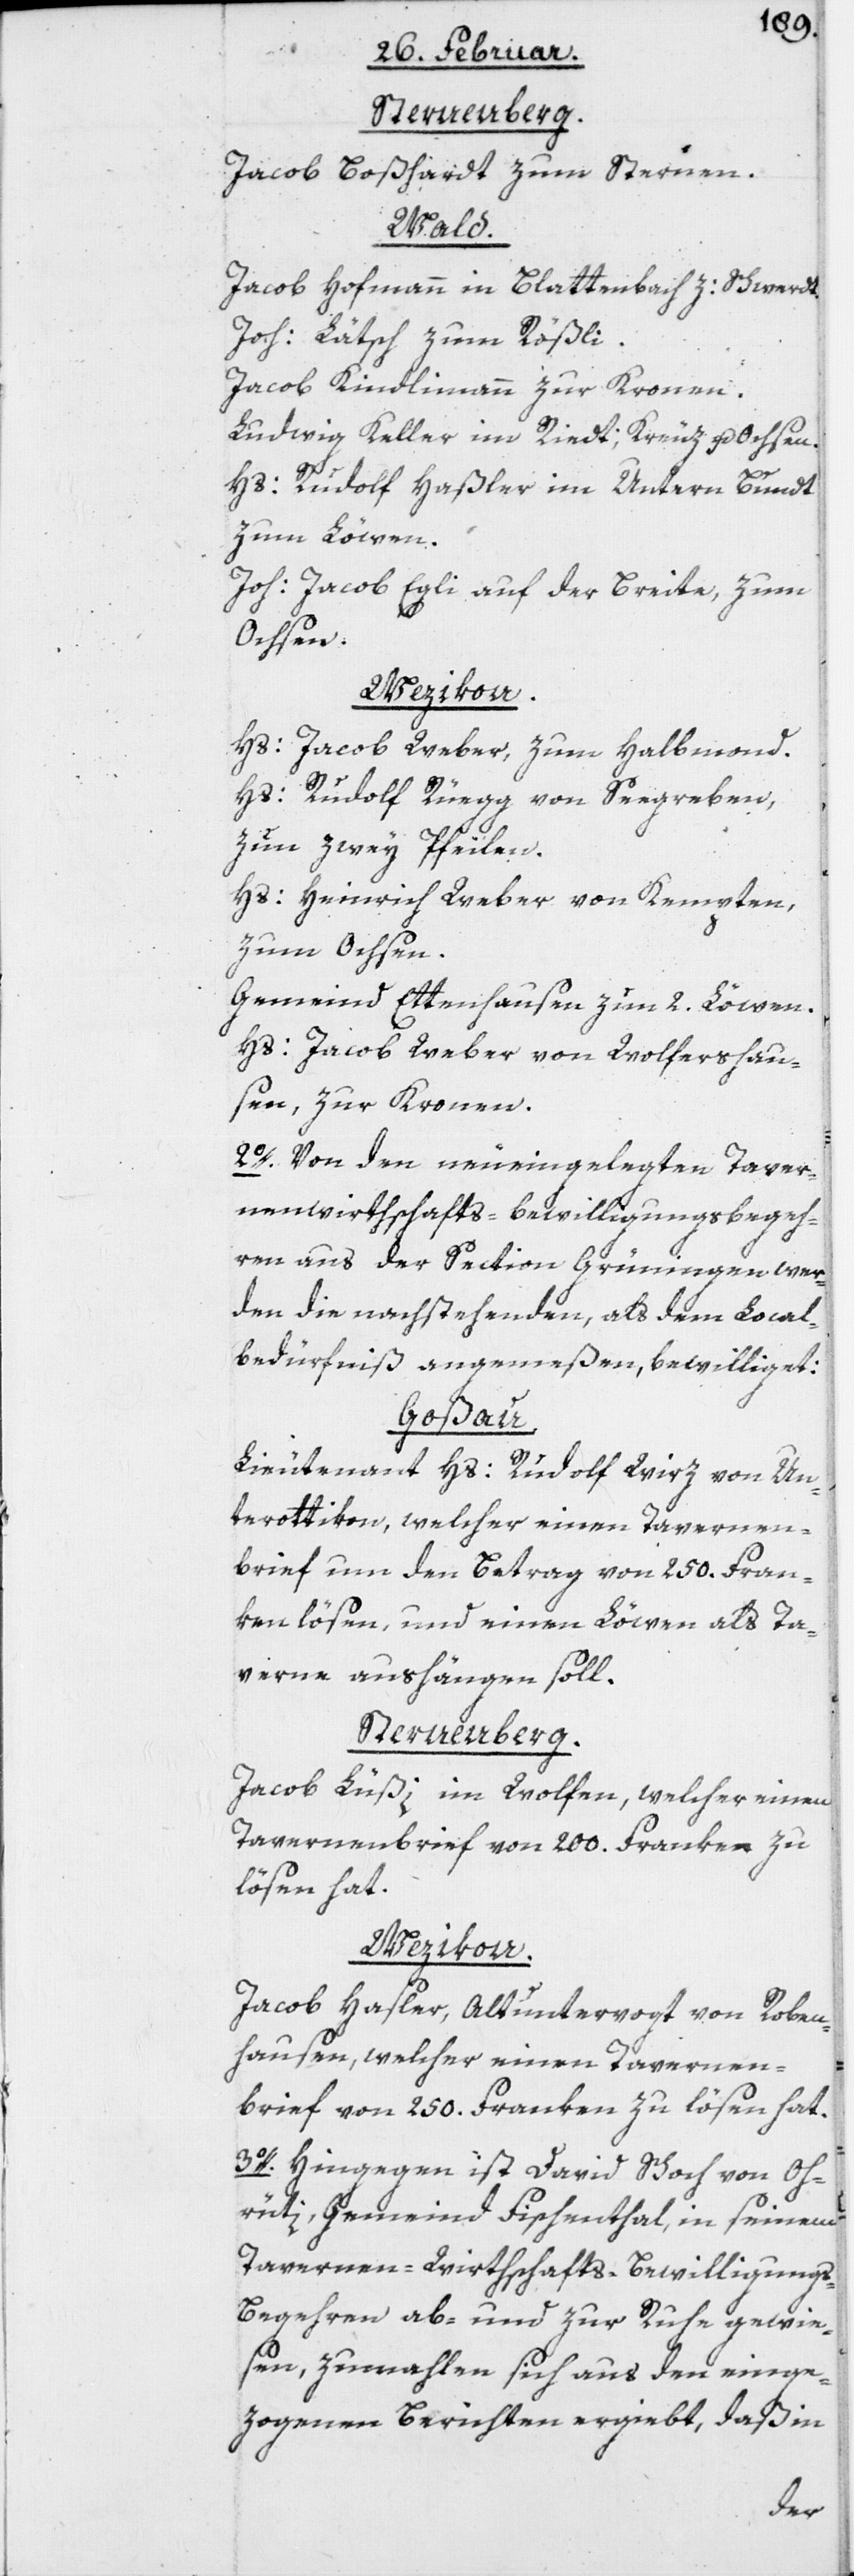
Sternenberg.
Jacob Boßhardt zum Sternen.
Wald.
Jacob Hofmann in Blattenbach, z: Schwerdt.
Joh: Lätsch zum Rößli.
Jacob Kindlimann zur Kronen.
Ludwig Keller im Riedt; Kreuz u. Ochsen.
Hs: Rudolf Haßler im Untern Bundt
zum Löwen.
Joh: Jacob Egli auf der Breite, zum
Ochsen.
Wetzikon.
Hs: Jacob Weber, zum Halbmond.
Hs: Rudolf Rüegg von Seegreben,
zun zwey Pfeilen.
Hs: Heinrich Weber von Kempten,
zum Ochsen.
Gemeind Ettenhausen, zun 2. Löwen.
Hs: Jacob Weber von Wolfershau¬
sen, zur Kronen.
2o. Von den neueingelegten Taver¬
nenwirthschafts-bewilligungsbegeh¬
ren aus der Section Grüningen wer¬
den die nachstehenden, als dem Local¬
bedürfniß angemeßen, bewilliget:
Goßau.
Lieutenant Hs: Rudolf Wirz von Un¬
terottikon, welcher einen Tavernen¬
brief um den Betrag von 250. Fran¬
ken lösen, und einen Löwen als Ta¬
verne aushängen soll.
Sternenberg.
Jacob Lüßi im Wolfen, welcher einen
Tavernenbrief von 200. Franken zu
lösen hat.
Wezikon.
Jacob Hasler, Altuntervogt von Roben¬
hausen, welcher einen Tavernen¬
brief von 250. Franken zu lösen hat.
3o. Hingegen ist David Schoch von O¬
rüti, Gemeind Fischenthal, in seinem
Tavernen-Wirthschafts-Bewilligung¬
s-Begehren ab- und zur Ruhe gewie¬
sen, zumahlen sich aus den einge¬
zogenen Berichten ergiebt, daß in